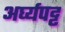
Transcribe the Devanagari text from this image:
अर्घ्यपट्ट